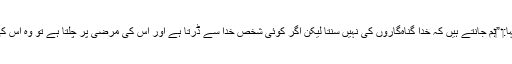
‏ اُس نے کہا:‏ ”‏ہم جانتے ہیں کہ خدا گُناہ‌گاروں کی نہیں سنتا لیکن اگر کوئی شخص خدا سے ڈرتا ہے اور اُس کی مرضی پر چلتا ہے تو وہ اُس کی سنتا ہے۔